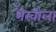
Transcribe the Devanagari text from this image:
भैरवीला